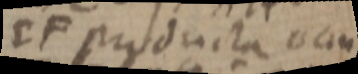
EF producta _